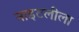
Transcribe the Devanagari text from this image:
नाइटलीला